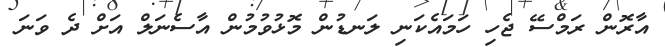
އާރޮން ރަމްސޭ ޖެހި ހަމައެކަނި ލަނޑުން މޮޅުވުމުން އާސެނަލް އަށް ދެ ވަނަ